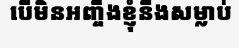
បើមិនអញ្ចឹងខ្ញុំនឹងសម្លាប់